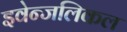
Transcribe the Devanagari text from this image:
इवेन्जलिकल